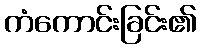
ကံကောင်းခြင်း၏